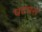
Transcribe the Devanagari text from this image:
पटपरा